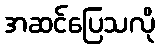
အဆင်ပြေသလို